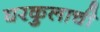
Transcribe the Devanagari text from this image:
घरकुलाची